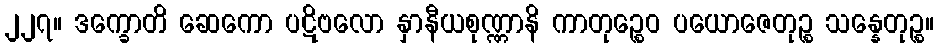
၂၂၇။ ဒက္ခောတိ ဆေကော ပဋိဗလော နှာနီယစုဏ္ဏာနိ ကာတုဉ္စေဝ ပယောဇေတုဉ္စ သန္နေတုဉ္စ။